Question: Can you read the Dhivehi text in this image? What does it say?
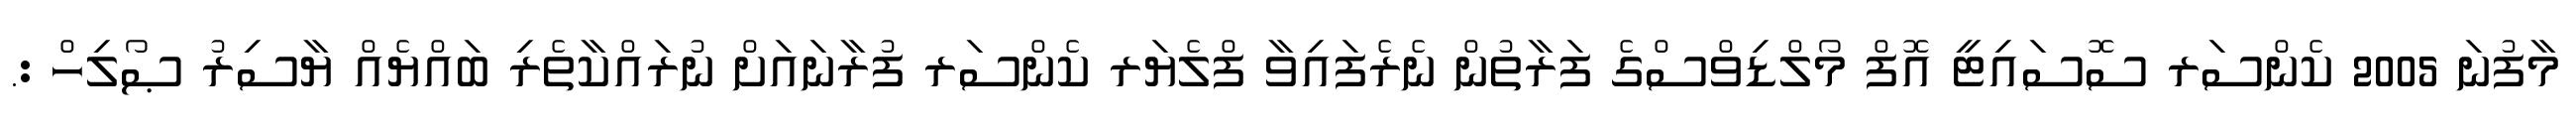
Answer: މާފުނަ 2005 ކެންސަރ ސޮސައިޓީ އޮފް މޯލްޑިވްސްގެ ފަރާތުން ނެރެފައިވާ ފްލެޔަރ ކެންސަރ ފުރާނައަށް ނުރައްކާތެރި ބައްޔެއް ޔާސިރު ޞޯލިހް :.